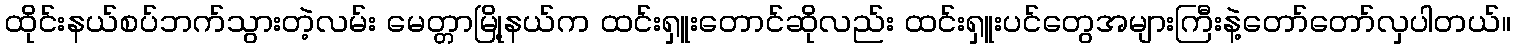
ထိုင်းနယ်စပ်ဘက်သွားတဲ့လမ်း မေတ္တာမြို့နယ်က ထင်းရှူးတောင်ဆိုလည်း ထင်းရှူးပင်တွေအများကြီးနဲ့တော်တော်လှပါတယ်။